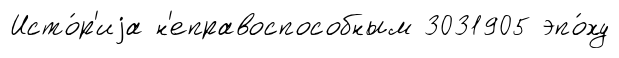
Исто́р'иjа н'еправоспособным 3031905 эпо́ху